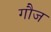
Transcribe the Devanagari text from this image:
गौज